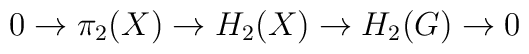
0\to \pi_2(X) \to H_2(X) \to H_2(G) \to 0